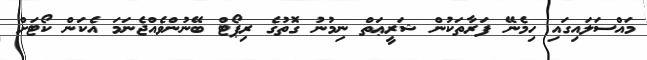
މައްސަލައިގައި ހިމެނޭ ފަރާތަކުން ޝަރީޢަތް ނިމުނު ގޮތުގެ ރިޕޯޓް ބޭނުންވެއްޖެނަމަ އެކަން ކޯޓަށް